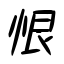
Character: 恨